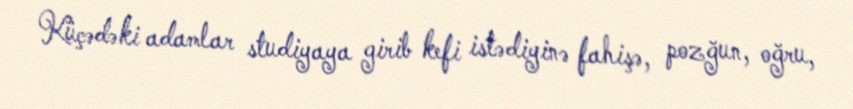
Küçədəki adamlar studiyaya girib kefi istədiyinə fahişə, pozğun, oğru,